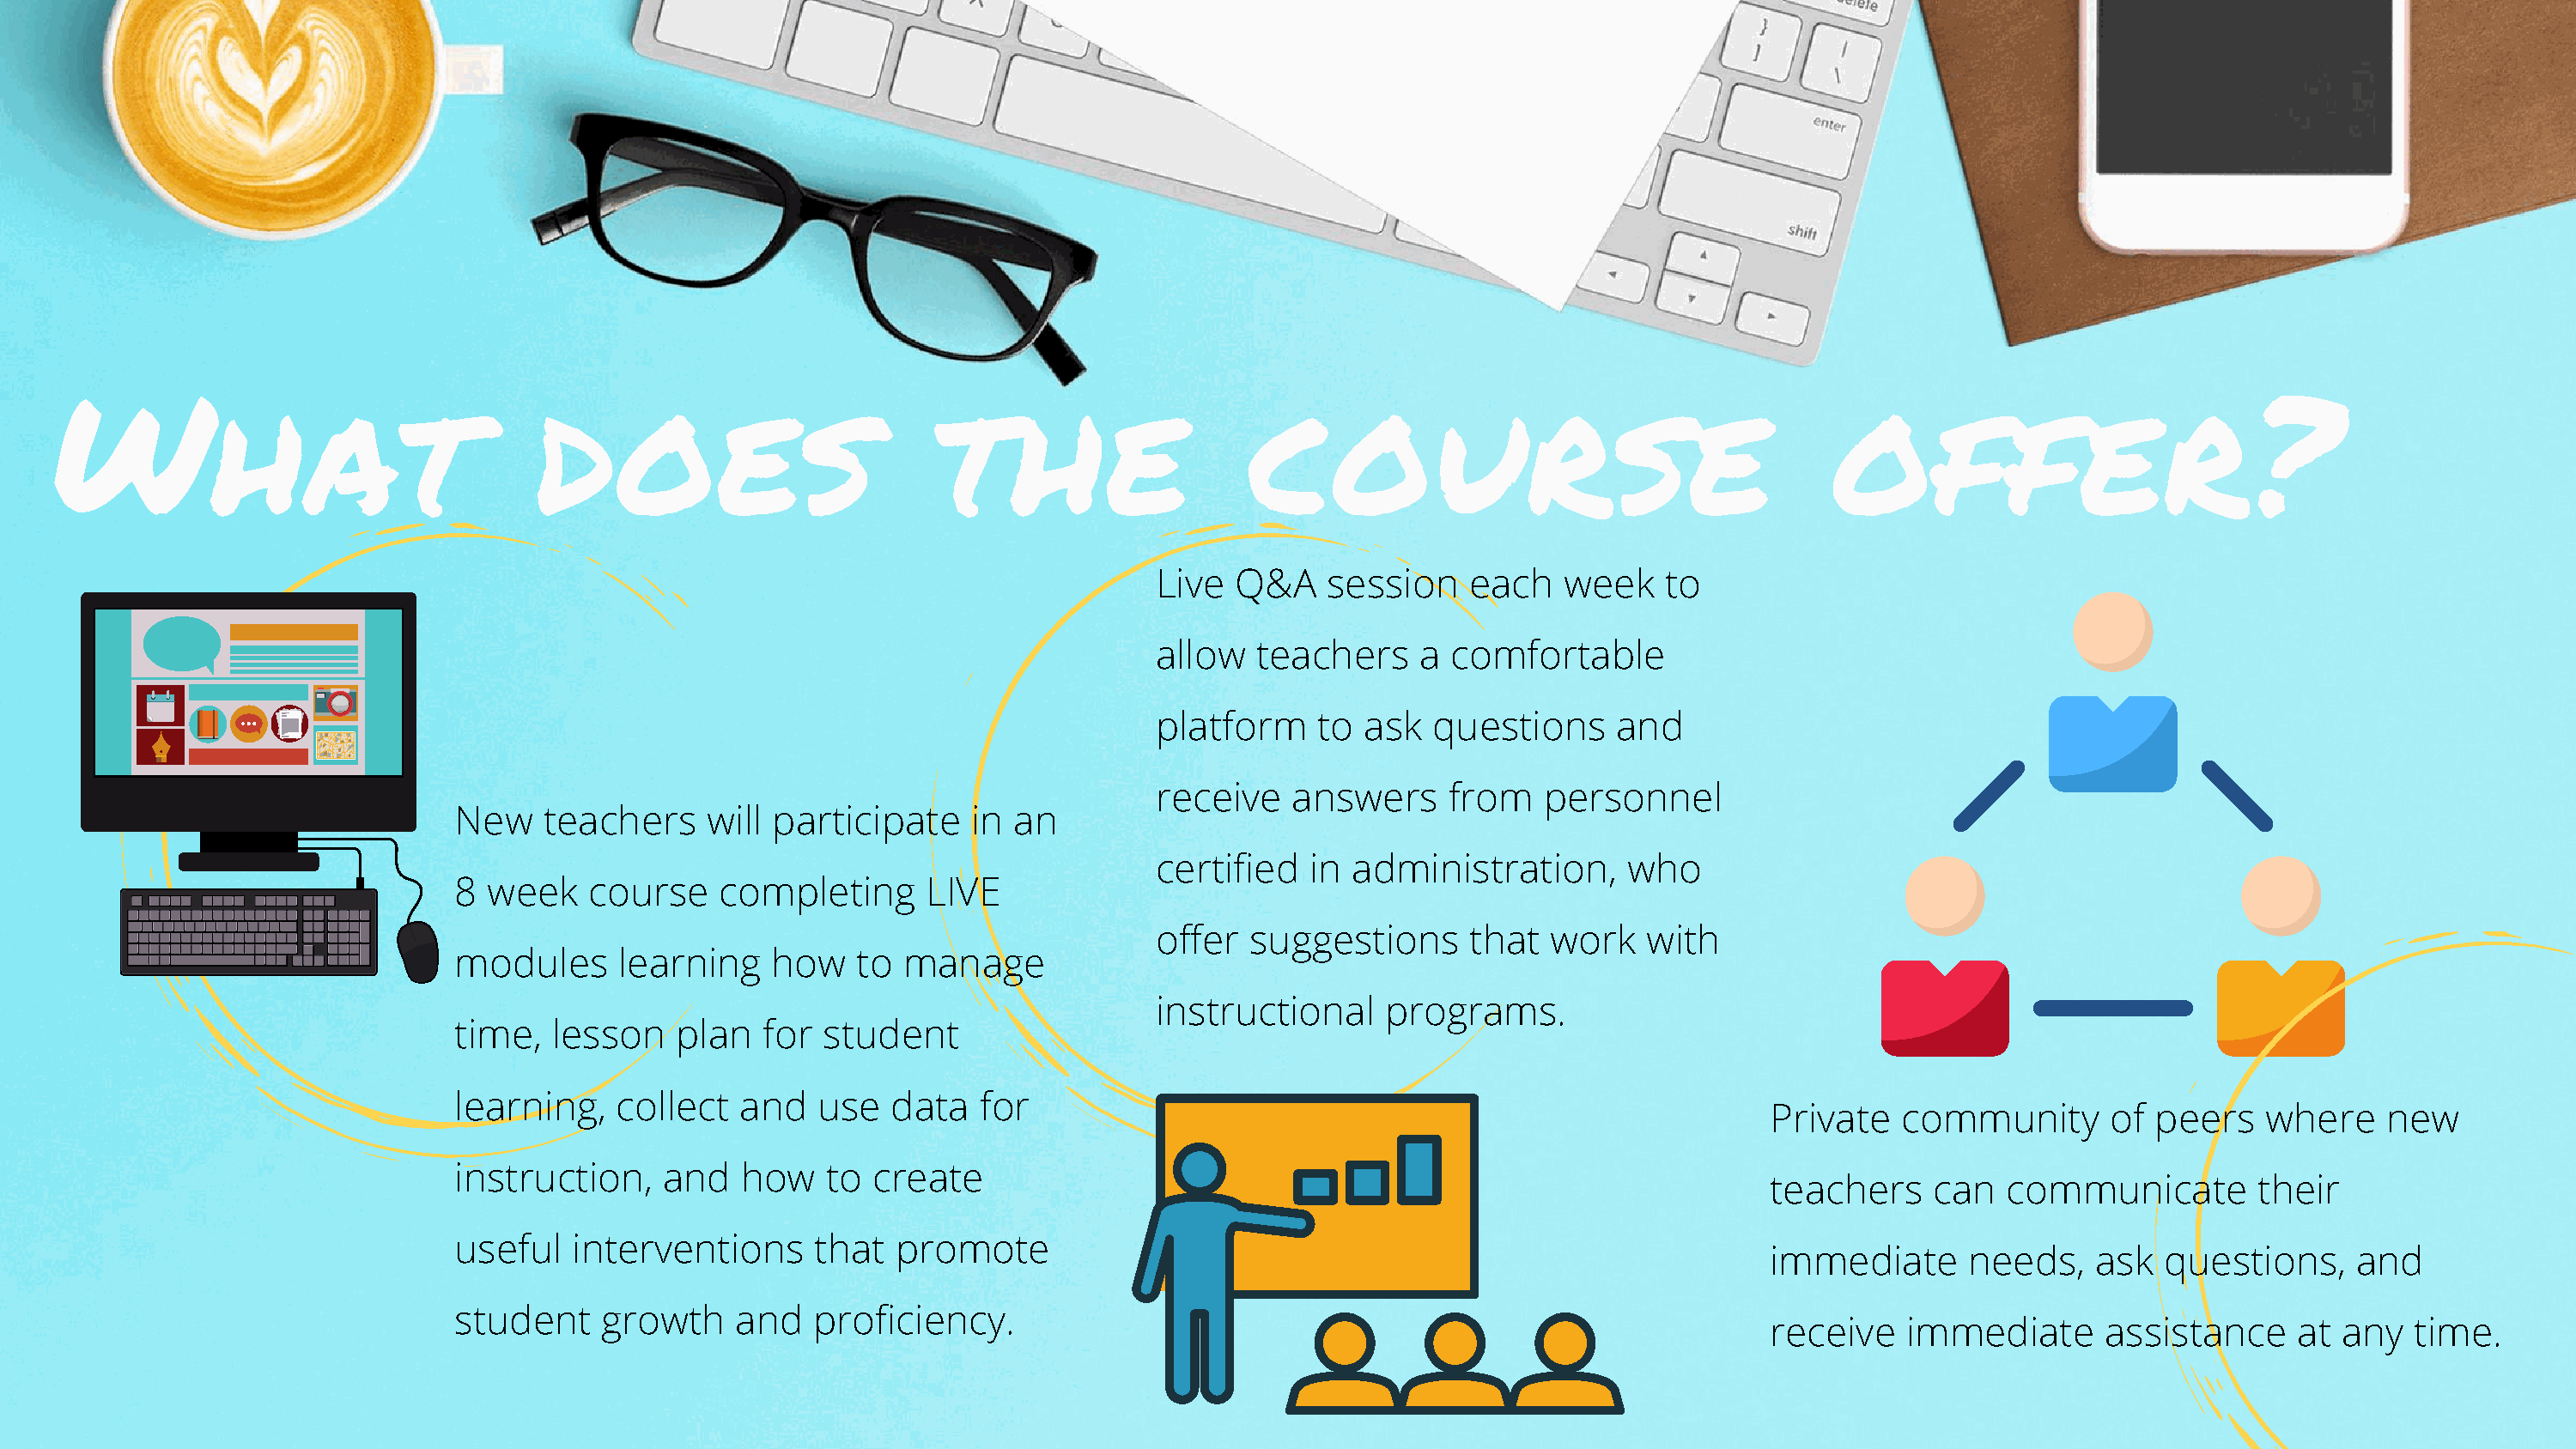
What                                 does                           the                     course                                       offer?
 LLiivvee QQ&&AA sseessssiioonn eeaacchh wweeeekk ttoo
 aallllooww tteeaacchheerrss aa ccoommffoorrttaabbllee
 ppllaattffoorrmm ttoo aasskk qquueessttiioonnss aanndd
 rreecceeiivvee aannsswweerrss ffrroomm ppeerrssoonnnneell
 NNeeww tteeaacchheerrss wwiillll ppaarrttiicciippaattee iinn aann
 cceerrttiiffiieedd iinn aaddmmiinniissttrraattiioonn,, wwhhoo
 88 wweeeekk ccoouurrssee ccoommpplleettiinngg LLIIVVEE
 ooffffeerr ssuuggggeessttiioonnss tthhaatt wwoorrkk wwiitthh
 mmoodduulleess lleeaarrnniinngg hhooww ttoo mmaannaaggee
 iinnssttrruuccttiioonnaall pprrooggrraammss..
 ttiimmee,, lleessssoonn ppllaann ffoorr ssttuuddeenntt
 lleeaarrnniinngg,, ccoolllleecctt aanndd uussee ddaattaa ffoorr
 PPrriivvaattee ccoommmmuunniittyy ooff ppeeeerrss wwhheerree nneeww
 iinnssttrruuccttiioonn,, aanndd hhooww ttoo ccrreeaattee
 tteeaacchheerrss ccaann ccoommmmuunniiccaattee tthheeiirr
 uusseeffuull iinntteerrvveennttiioonnss tthhaatt pprroommoottee
 iimmmmeeddiiaattee nneeeeddss,, aasskk qquueessttiioonnss,, aanndd
 ssttuuddeenntt ggrroowwtthh aanndd pprrooffiicciieennccyy..
 rreecceeiivvee iimmmmeeddiiaattee aassssiissttaannccee aatt aannyy ttiimmee..